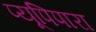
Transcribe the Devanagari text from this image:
प्यूपिपारा